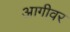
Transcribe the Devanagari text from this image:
आगीवर